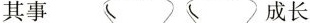
其事 成长